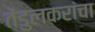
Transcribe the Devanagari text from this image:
तेंडुलकरांचा